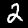
Digit: 2